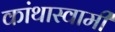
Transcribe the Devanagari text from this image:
कांथास्वामी